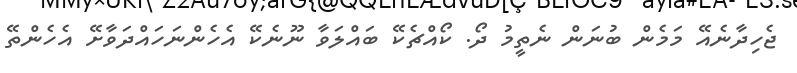
ޖެހިދާނެއޭ މަމެން ބުނަން ނެތީމު ދޯ. ކޯއްޗެކޭ ބައްލަވާ ނޫނެކޭ އެހެންނަހައްދަވާށޭ އެހެންތޭ